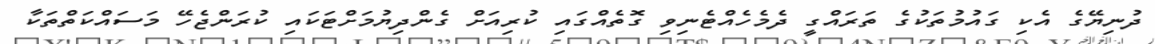
ދުނިޔޭގެ އެކި ގައުމުތަކުގެ ތަރައްގީ ދެމެހެއްޓެނިވި ގޮތެއްގައި ކުރިއަށް ގެންދިޔުމަށްޓަކައި ކުރަންޖެހޭ މަސައްކަތްތަކާ